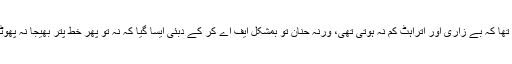
اپنی اہمیت کا احساس تھا کہ بے زاری اور اتراہٹ کم نہ ہوتی تھی، ورنہ حنان تو بمشکل ایف اے کر کے دبئی ایسا گیا کہ نہ تو پھر خط پتر بھیجا نہ پھوٹی کوڑی گھر بھیجی۔